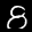
Label: 8